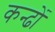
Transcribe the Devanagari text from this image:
कन्ढों